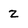
Character: 2